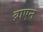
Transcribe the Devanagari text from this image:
ब्राएन